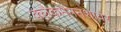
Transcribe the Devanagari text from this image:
क्लैकमैननशायर